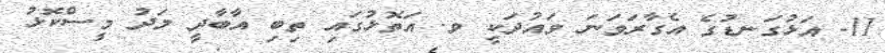
11- އަޅުގަނޑުގެ އެގާރަވަނަ ވައުދަކީ ވ. އަތޮޅުގައި ތިބި އާބާދީ މަދު މީސްކޮޅު